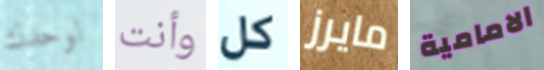
لوحدك وأنت كل مايرز الامامية